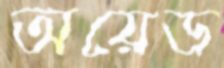
অয়েড